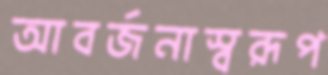
আবর্জনাস্বরূপ